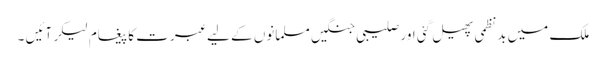
ملک میں بدنظمی پھیل گئی اور صلیبی جنگیں مسلمانوں کے لیے عبرت کا پیغام لیکر آئیں ۔